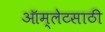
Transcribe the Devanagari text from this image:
ऑम्लेटसाठी